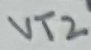
Text: VT2